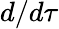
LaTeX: d/d\tau